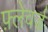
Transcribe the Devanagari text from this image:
फ़्लेवर्ड